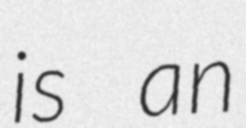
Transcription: is an